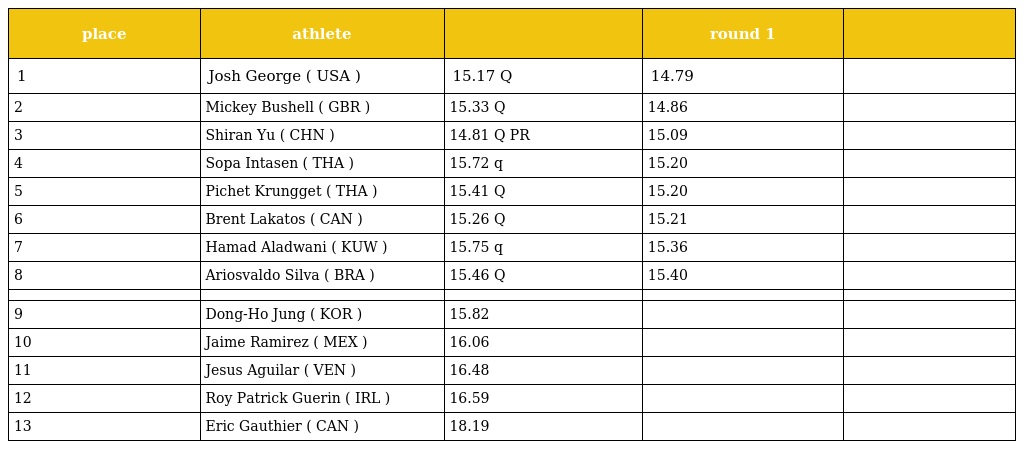
| place | athlete |  | round 1 |  |
 | --- | --- | --- | --- | --- |
 | 1 | Josh George ( USA ) | 15.17 Q | 14.79 |  |
 | 2 | Mickey Bushell ( GBR ) | 15.33 Q | 14.86 |  |
 | 3 | Shiran Yu ( CHN ) | 14.81 Q PR | 15.09 |  |
 | 4 | Sopa Intasen ( THA ) | 15.72 q | 15.20 |  |
 | 5 | Pichet Krungget ( THA ) | 15.41 Q | 15.20 |  |
 | 6 | Brent Lakatos ( CAN ) | 15.26 Q | 15.21 |  |
 | 7 | Hamad Aladwani ( KUW ) | 15.75 q | 15.36 |  |
 | 8 | Ariosvaldo Silva ( BRA ) | 15.46 Q | 15.40 |  |
 |  |  |  |  |  |
 | 9 | Dong-Ho Jung ( KOR ) | 15.82 |  |  |
 | 10 | Jaime Ramirez ( MEX ) | 16.06 |  |  |
 | 11 | Jesus Aguilar ( VEN ) | 16.48 |  |  |
 | 12 | Roy Patrick Guerin ( IRL ) | 16.59 |  |  |
 | 13 | Eric Gauthier ( CAN ) | 18.19 |  |  |